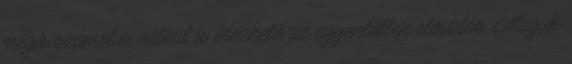
mégis számolás nélkül is érezhető az egyenlőtlen eloszlás. Maguk